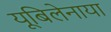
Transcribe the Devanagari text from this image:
यूबिलेनाया